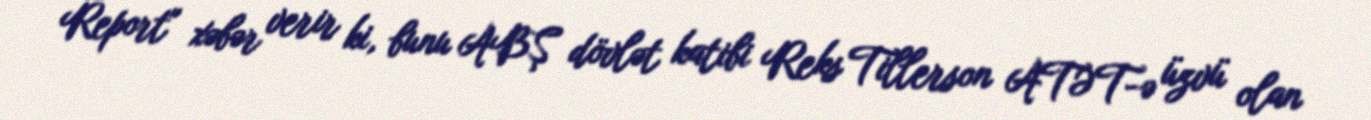
Report" xəbər verir ki, bunu ABŞ dövlət katibi Reks Tillerson ATƏT-ə üzvü olan